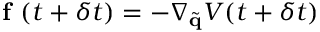
\textbf { f } ( t + \delta t ) = - \nabla _ { \tilde { \mathbf { q } } } V ( t + \delta t )